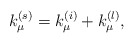
\begin{align*}k^{(s)}_{\mu} = k^{(i)}_{\mu} + k^{(l)}_{\mu},\end{align*}